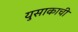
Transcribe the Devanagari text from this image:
युसाकाची